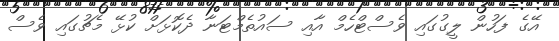
އޭގެ ފަހުން ލީގުގައި ވެސްޓްހެމް އާއި ސައުތެމްޓަނާ ދެކޮޅަށް ކުޅޭ މެޗުގައި ވެސް